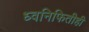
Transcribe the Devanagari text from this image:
ध्वनिफितीही